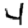
Digit: 4